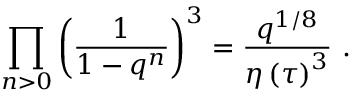
\prod _ { n > 0 } \left( \frac { 1 } { 1 - q ^ { n } } \right) ^ { 3 } = \frac { q ^ { 1 / 8 } } { \eta \left( \tau \right) ^ { 3 } } \ .